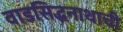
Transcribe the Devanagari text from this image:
वाडसिद्धनाथाची